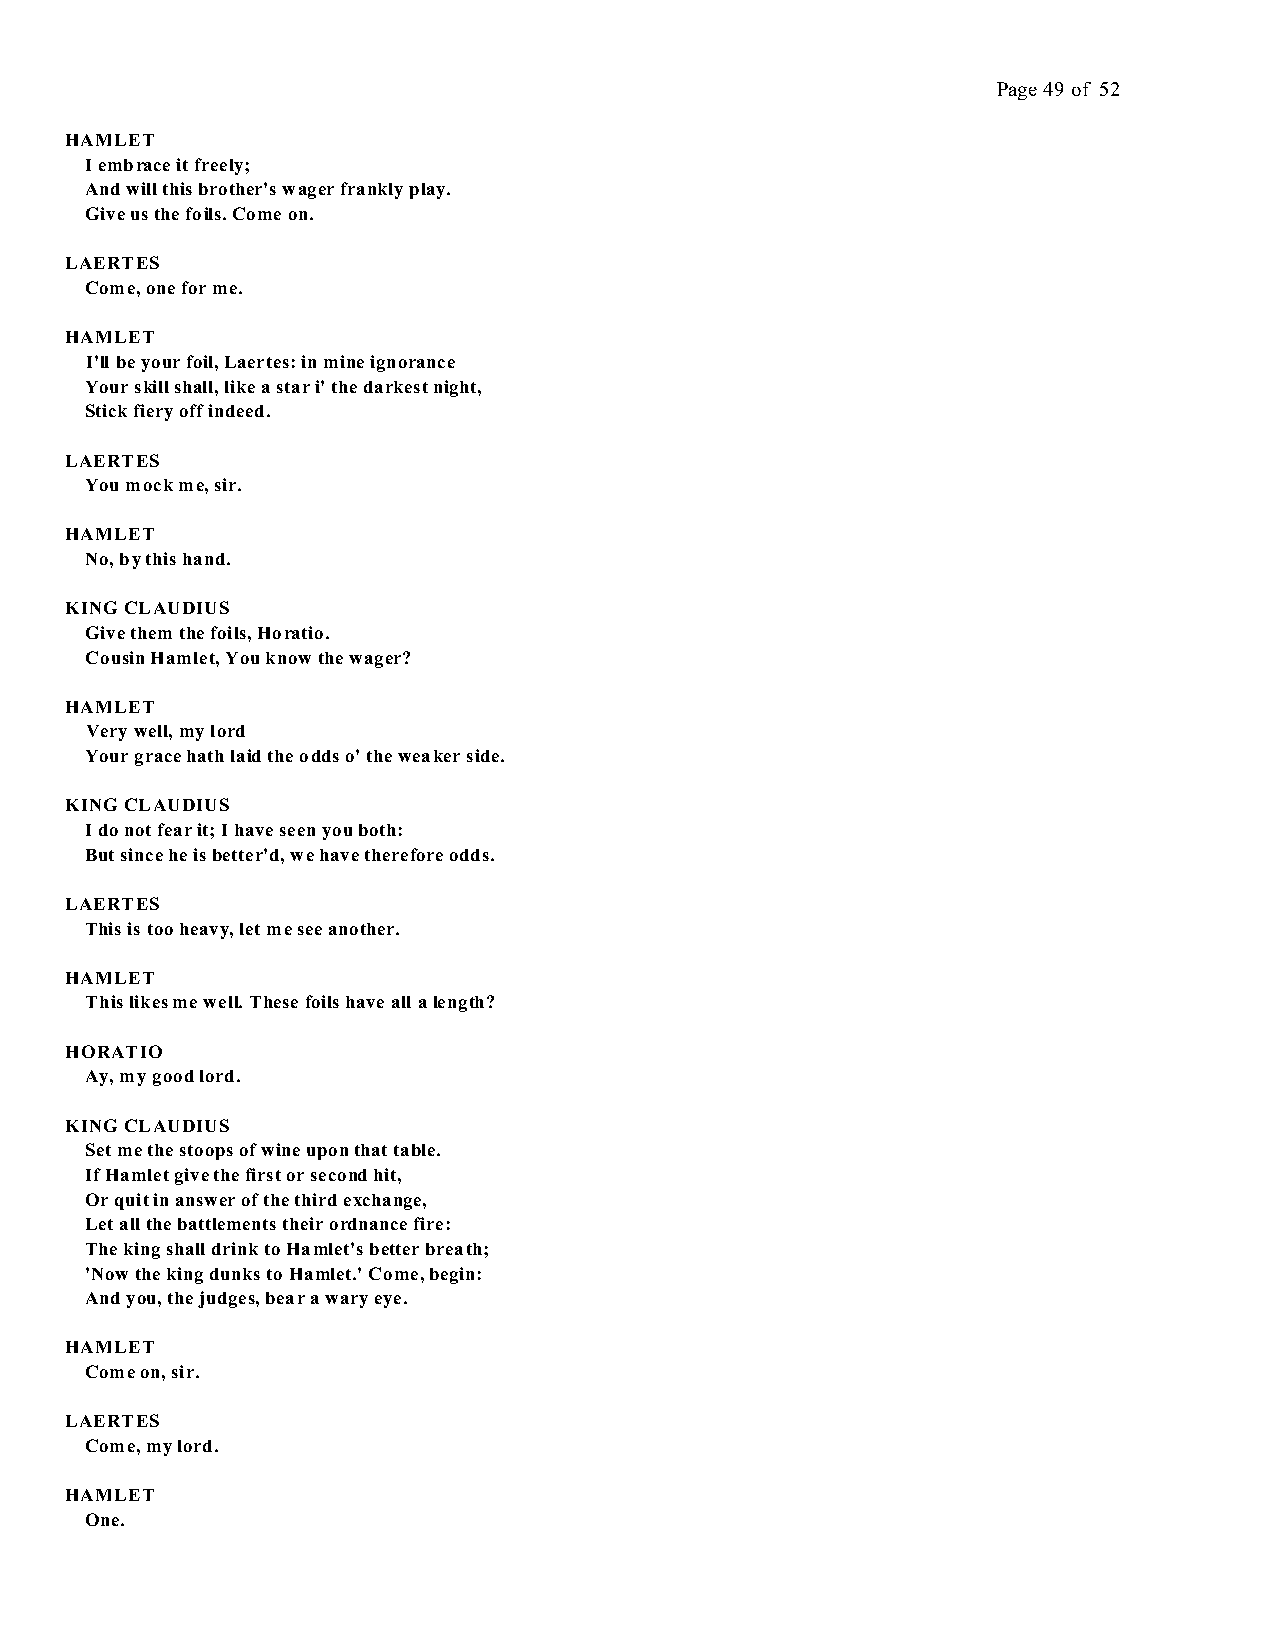
Page 49 of 52
 HAMLET
 I embrace it freely;
 And will this brother's wager frankly play.
 Give us the foils. Come on.
 LAERTES
 Come, one for me.
 HAMLET
 I'll be your foil, Laertes: in mine ignorance
 Your skill shall, like a star i' the darkest night,
 Stick fiery off indeed.
 LAERTES
 You mock me, sir.
 HAMLET
 No, by this hand.
 KING CLAUDIUS
 Give them the foils, Horatio.
 Cousin Hamlet, You know the wager?
 HAMLET
 Very well, my lord
 Your grace hath laid the odds o' the weaker side.
 KING CLAUDIUS
 I do not fear it; I have seen you both:
 But since he is better'd, we have therefore odds.
 LAERTES
 This is too heavy, let me see another.
 HAMLET
 This likes me well. These foils have all a length?
 HORATIO
 Ay, my good lord.
 KING CLAUDIUS
 Set me the stoops of wine upon that table.
 If Hamlet give the first or second hit,
 Or quit in answer of the third exchange,
 Let all the battlements their ordnance fire:
 The king shall drink to Hamlet's better breath;
 'Now the king dunks to Hamlet.' Come, begin:
 And you, the judges, bear a wary eye.
 HAMLET
 Come on, sir.
 LAERTES
 Come, my lord.
 HAMLET
 One.